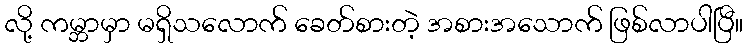
လို့ ကမ္ဘာမှာ မရှိသလောက် ခေတ်စားတဲ့ အစားအသောက် ဖြစ်လာပါပြီ။